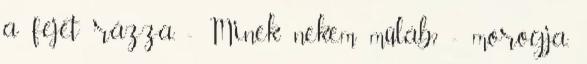
a fejét rázza. - Minek nekem műláb? - morogja,